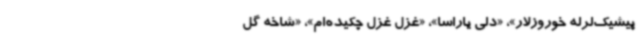
پیشیک‌لرله خوروزلار»، «دلی یاراسا»، «غزل غزل چکیده‌ام»، «شاخه گل